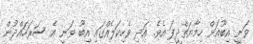
ވަނީ އިބޫއަށް ހިމާޔަތްދީފަ އެވެ. އަދި ވެހިކަލެއްގައި އިބޫ ވަނީ އެ ސަރަހައްދުން